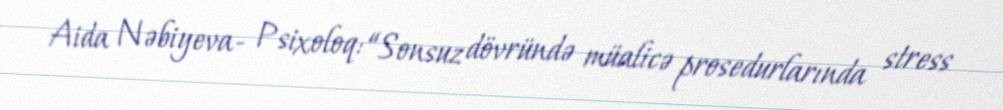
Aida Nəbiyeva- Psixoloq: “Sonsuz dövründə müalicə prosedurlarında stress